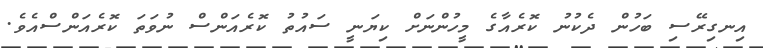
އިނގިރޭސި ބަހުން ދެކުނު ކޮރެއާގެ މީހުންނަށް ކިޔަނީ ސައުތު ކޮރެއަންސް ނުވަތަ ކޮރެއަންސްއެވެ.